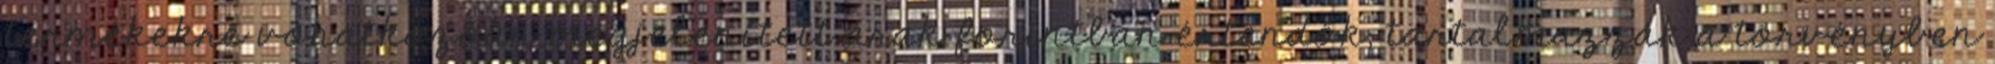
termékekre vonatkozóan megjelenített árak forintban értendők, tartalmazzák a törvényben